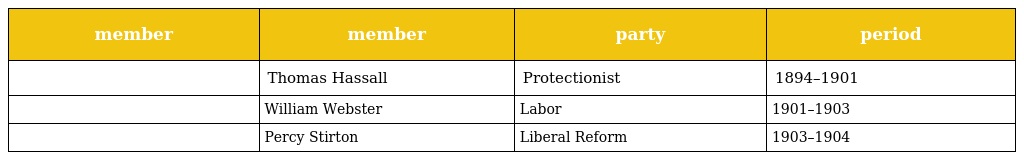
| member | member | party | period |
 | --- | --- | --- | --- |
 |  | Thomas Hassall | Protectionist | 1894–1901 |
 |  | William Webster | Labor | 1901–1903 |
 |  | Percy Stirton | Liberal Reform | 1903–1904 |